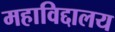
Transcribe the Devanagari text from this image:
महाविद्दालय